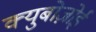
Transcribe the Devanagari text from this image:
क्युबोज़ोई